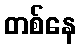
တစ်နေ